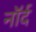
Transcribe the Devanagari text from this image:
नॉर्द